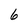
Character: 6